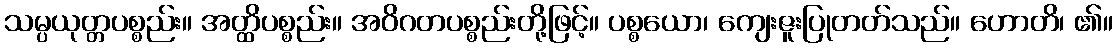
သမ္ပယုတ္တပစ္စည်း။ အတ္ထိပစ္စည်း။ အဝိဂတပစ္စည်းတို့ဖြင့်။ ပစ္စယော၊ ကျေးဇူးပြုတတ်သည်။ ဟောတိ၊ ၏။